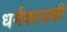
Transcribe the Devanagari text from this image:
धर्मकायकी